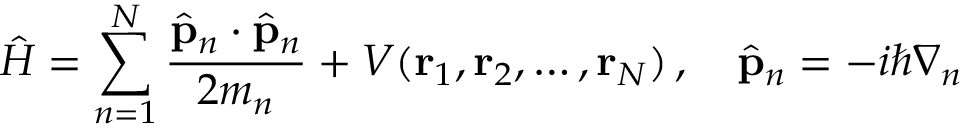
{ \hat { H } } = \sum _ { n = 1 } ^ { N } { \frac { { \hat { \mathbf { p } } } _ { n } \cdot { \hat { \mathbf { p } } } _ { n } } { 2 m _ { n } } } + V ( \mathbf { r } _ { 1 } , \mathbf { r } _ { 2 } , \ldots , \mathbf { r } _ { N } ) \, , \quad { \hat { \mathbf { p } } } _ { n } = - i \hbar { \boldsymbol { \nabla } } _ { n }